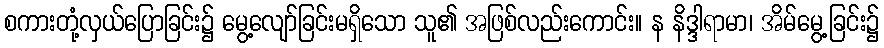
စကားတုံ့လှယ်ပြောခြင်း၌ မွေ့လျော်ခြင်းမရှိသော သူ၏ အဖြစ်လည်းကောင်း။ န နိဒ္ဒါရာမာ၊ အိမ်မွေ့ခြင်း၌